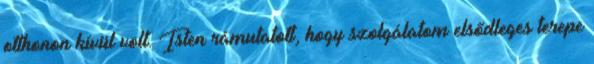
otthonon kívül volt. Isten rámutatott, hogy szolgálatom elsődleges terepe